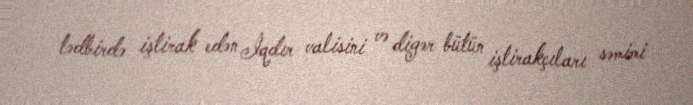
tədbirdə iştirak edən İqdır valisini və digər bütün iştirakçıları səmimi